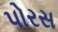
પોરસ